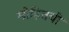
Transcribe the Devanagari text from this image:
मोहितची